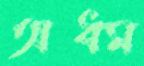
অধম